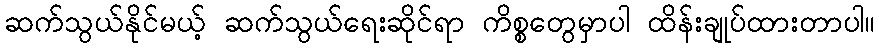
ဆက်သွယ်နိုင်မယ့် ဆက်သွယ်ရေးဆိုင်ရာ ကိစ္စတွေမှာပါ ထိန်းချုပ်ထားတာပါ။